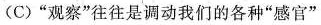
(C)”观察”往往是调动我们的各种”感官”